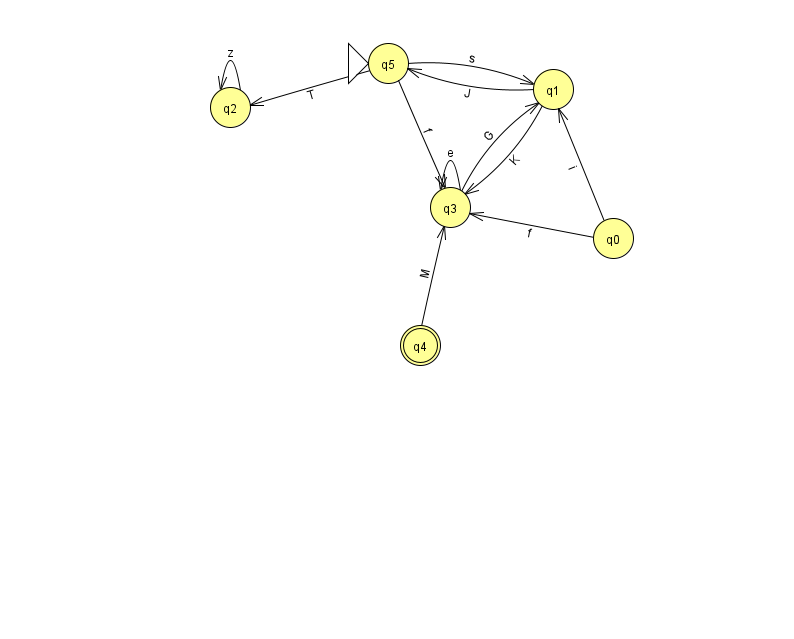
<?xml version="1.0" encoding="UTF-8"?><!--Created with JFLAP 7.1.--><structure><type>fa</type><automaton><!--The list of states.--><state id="0" name="q0"><x>613.0</x><y>225.0</y></state><state id="1" name="q1"><x>553.0</x><y>76.0</y></state><state id="2" name="q2"><x>230.0</x><y>94.0</y></state><state id="3" name="q3"><x>450.0</x><y>194.0</y></state><state id="4" name="q4"><x>420.0</x><y>332.0</y><final/></state><state id="5" name="q5"><x>388.0</x><y>50.0</y><initial/></state><!--The list of transitions.--><transition><from>5</from><to>2</to><read>T</read></transition><transition><from>0</from><to>3</to><read>f</read></transition><transition><from>1</from><to>5</to><read>J</read></transition><transition><from>3</from><to>1</to><read>G</read></transition><transition><from>3</from><to>3</to><read>e</read></transition><transition><from>4</from><to>3</to><read>M</read></transition><transition><from>1</from><to>3</to><read>K</read></transition><transition><from>2</from><to>2</to><read>z</read></transition><transition><from>5</from><to>1</to><read>s</read></transition><transition><from>0</from><to>1</to><read>i</read></transition><transition><from>5</from><to>3</to><read>f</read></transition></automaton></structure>